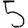
Digit: 5